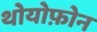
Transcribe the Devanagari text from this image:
थोयोफ़ोन